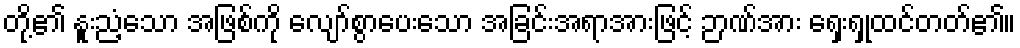
တို့၏ နူးညံ့သော အဖြစ်ကို လျော်စွာပေးသော အခြင်းအရာအားဖြင့် ဉာဏ်အား ရှေးရှုထင်တတ်၏။